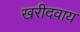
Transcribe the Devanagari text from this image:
खरीदवाय